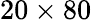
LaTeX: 20\times 80